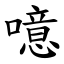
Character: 噫